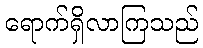
ရောက်ရှိလာကြသည်